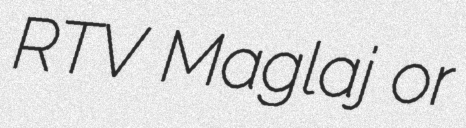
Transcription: RTV Maglaj or